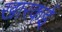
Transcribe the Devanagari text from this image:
खारकई